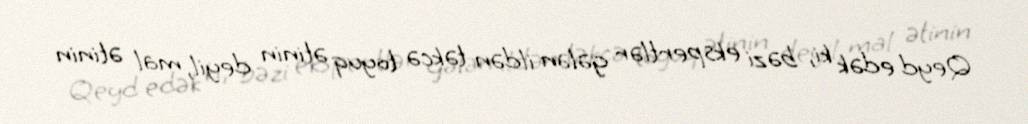
Qeyd edək ki, bəzi ekspertlər gələn ildən təkcə toyuq ətinin deyil, mal ətinin